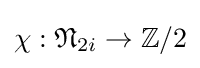
\chi :{\mathfrak {N}}_{2i}\to \mathbb {Z} /2